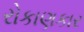
રોકાણકાર